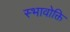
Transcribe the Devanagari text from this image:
स्भावोक्ति